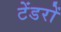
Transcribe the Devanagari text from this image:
टेंडरों